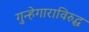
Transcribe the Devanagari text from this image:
गुन्हेगाराविरुद्ध